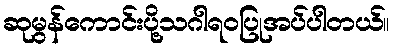
ဆုမွန်ကောင်းပို့သဂါရဝပြုအပ်ပါတယ်။